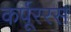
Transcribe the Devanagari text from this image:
कर्पूररस